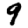
Digit: 9